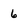
Character: 6